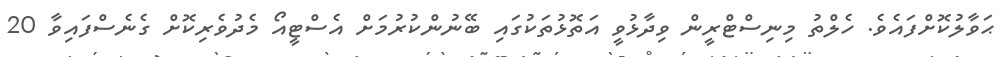
ޙަވާލުކޮށްފައެވެ. ހެލްތު މިނިސްޓްރީން ވިދާޅުވީ އަތޮޅުތަކުގައި ބޭނުންކުރުމަށް އެސްޓީއޯ މެދުވެރިކޮށް ގެނެސްފައިވާ 20